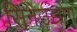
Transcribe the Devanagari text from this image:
सिनेउद्योग